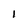
Character: I